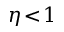
\eta \! < \! 1